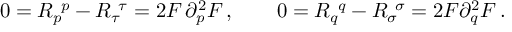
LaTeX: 0 = R _ { p } ^ { \ p } - R _ { \tau } ^ { \ \tau } = 2 F \, \partial _ { p } ^ { 2 } F \, , \qquad 0 = R _ { q } ^ { \ q } - R _ { \sigma } ^ { \ \sigma } = 2 F \partial _ { q } ^ { 2 } F \, .